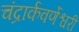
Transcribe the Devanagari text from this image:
चंद्रार्कवर्णेश्वरी